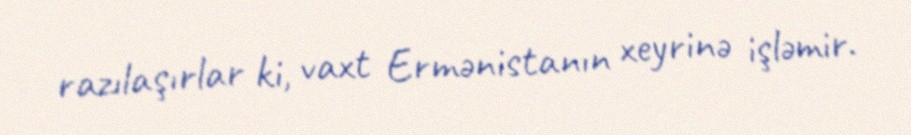
razılaşırlar ki, vaxt Ermənistanın xeyrinə işləmir.